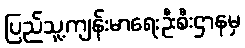
ပြည်သူ့ကျန်းမာရေးဦးစီးဌာနမှ